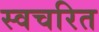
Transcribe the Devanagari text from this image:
स्वचरित